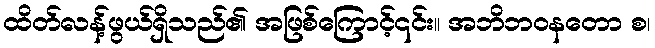
ထိတ်လန့်ဖွယ်ရှိသည်၏ အဖြစ်ကြောင့်၎င်း။ အဘိဘဝနတော စ၊